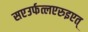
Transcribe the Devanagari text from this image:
सएउर्फत्लएरुइएत्